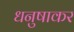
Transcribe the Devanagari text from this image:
धनुषाकर